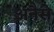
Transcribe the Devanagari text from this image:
अनैसे